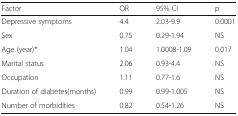
<table><thead><tr><td><b>Factor</b></td><td><b>OR</b></td><td><b>95% CI</b></td><td><b>p</b></td></tr></thead><tbody><tr><td>Depressive symptoms</td><td>4.4</td><td>2.03-9.9</td><td>0.0001</td></tr><tr><td>Sex</td><td>0.75</td><td>0.29-1.94</td><td>NS</td></tr><tr><td>Age (year)*</td><td>1.04</td><td>1.0008-1.09</td><td>0.017</td></tr><tr><td>Marital status</td><td>2.06</td><td>0.93-4.4</td><td>NS</td></tr><tr><td>Occupation</td><td>1.11</td><td>0.77-1.6</td><td>NS</td></tr><tr><td>Duration of diabetes(months)</td><td>0.99</td><td>0.99-1.005</td><td>NS</td></tr><tr><td>Number of morbidities</td><td>0.82</td><td>0.54-1.26</td><td>NS</td></tr></tbody></table>